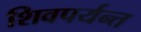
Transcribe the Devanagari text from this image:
शिवपर्यन्त